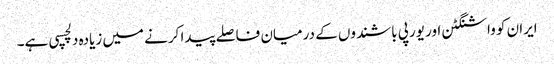
ایران کو واشنگٹن اور یورپی باشندوں کے درمیان فاصلے پیدا کرنے میں زیادہ دلچسپی ہے۔